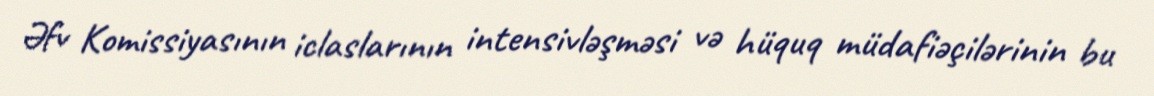
Əfv Komissiyasının iclaslarının intensivləşməsi və hüquq müdafiəçilərinin bu